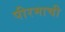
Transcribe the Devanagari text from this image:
पीरमाची